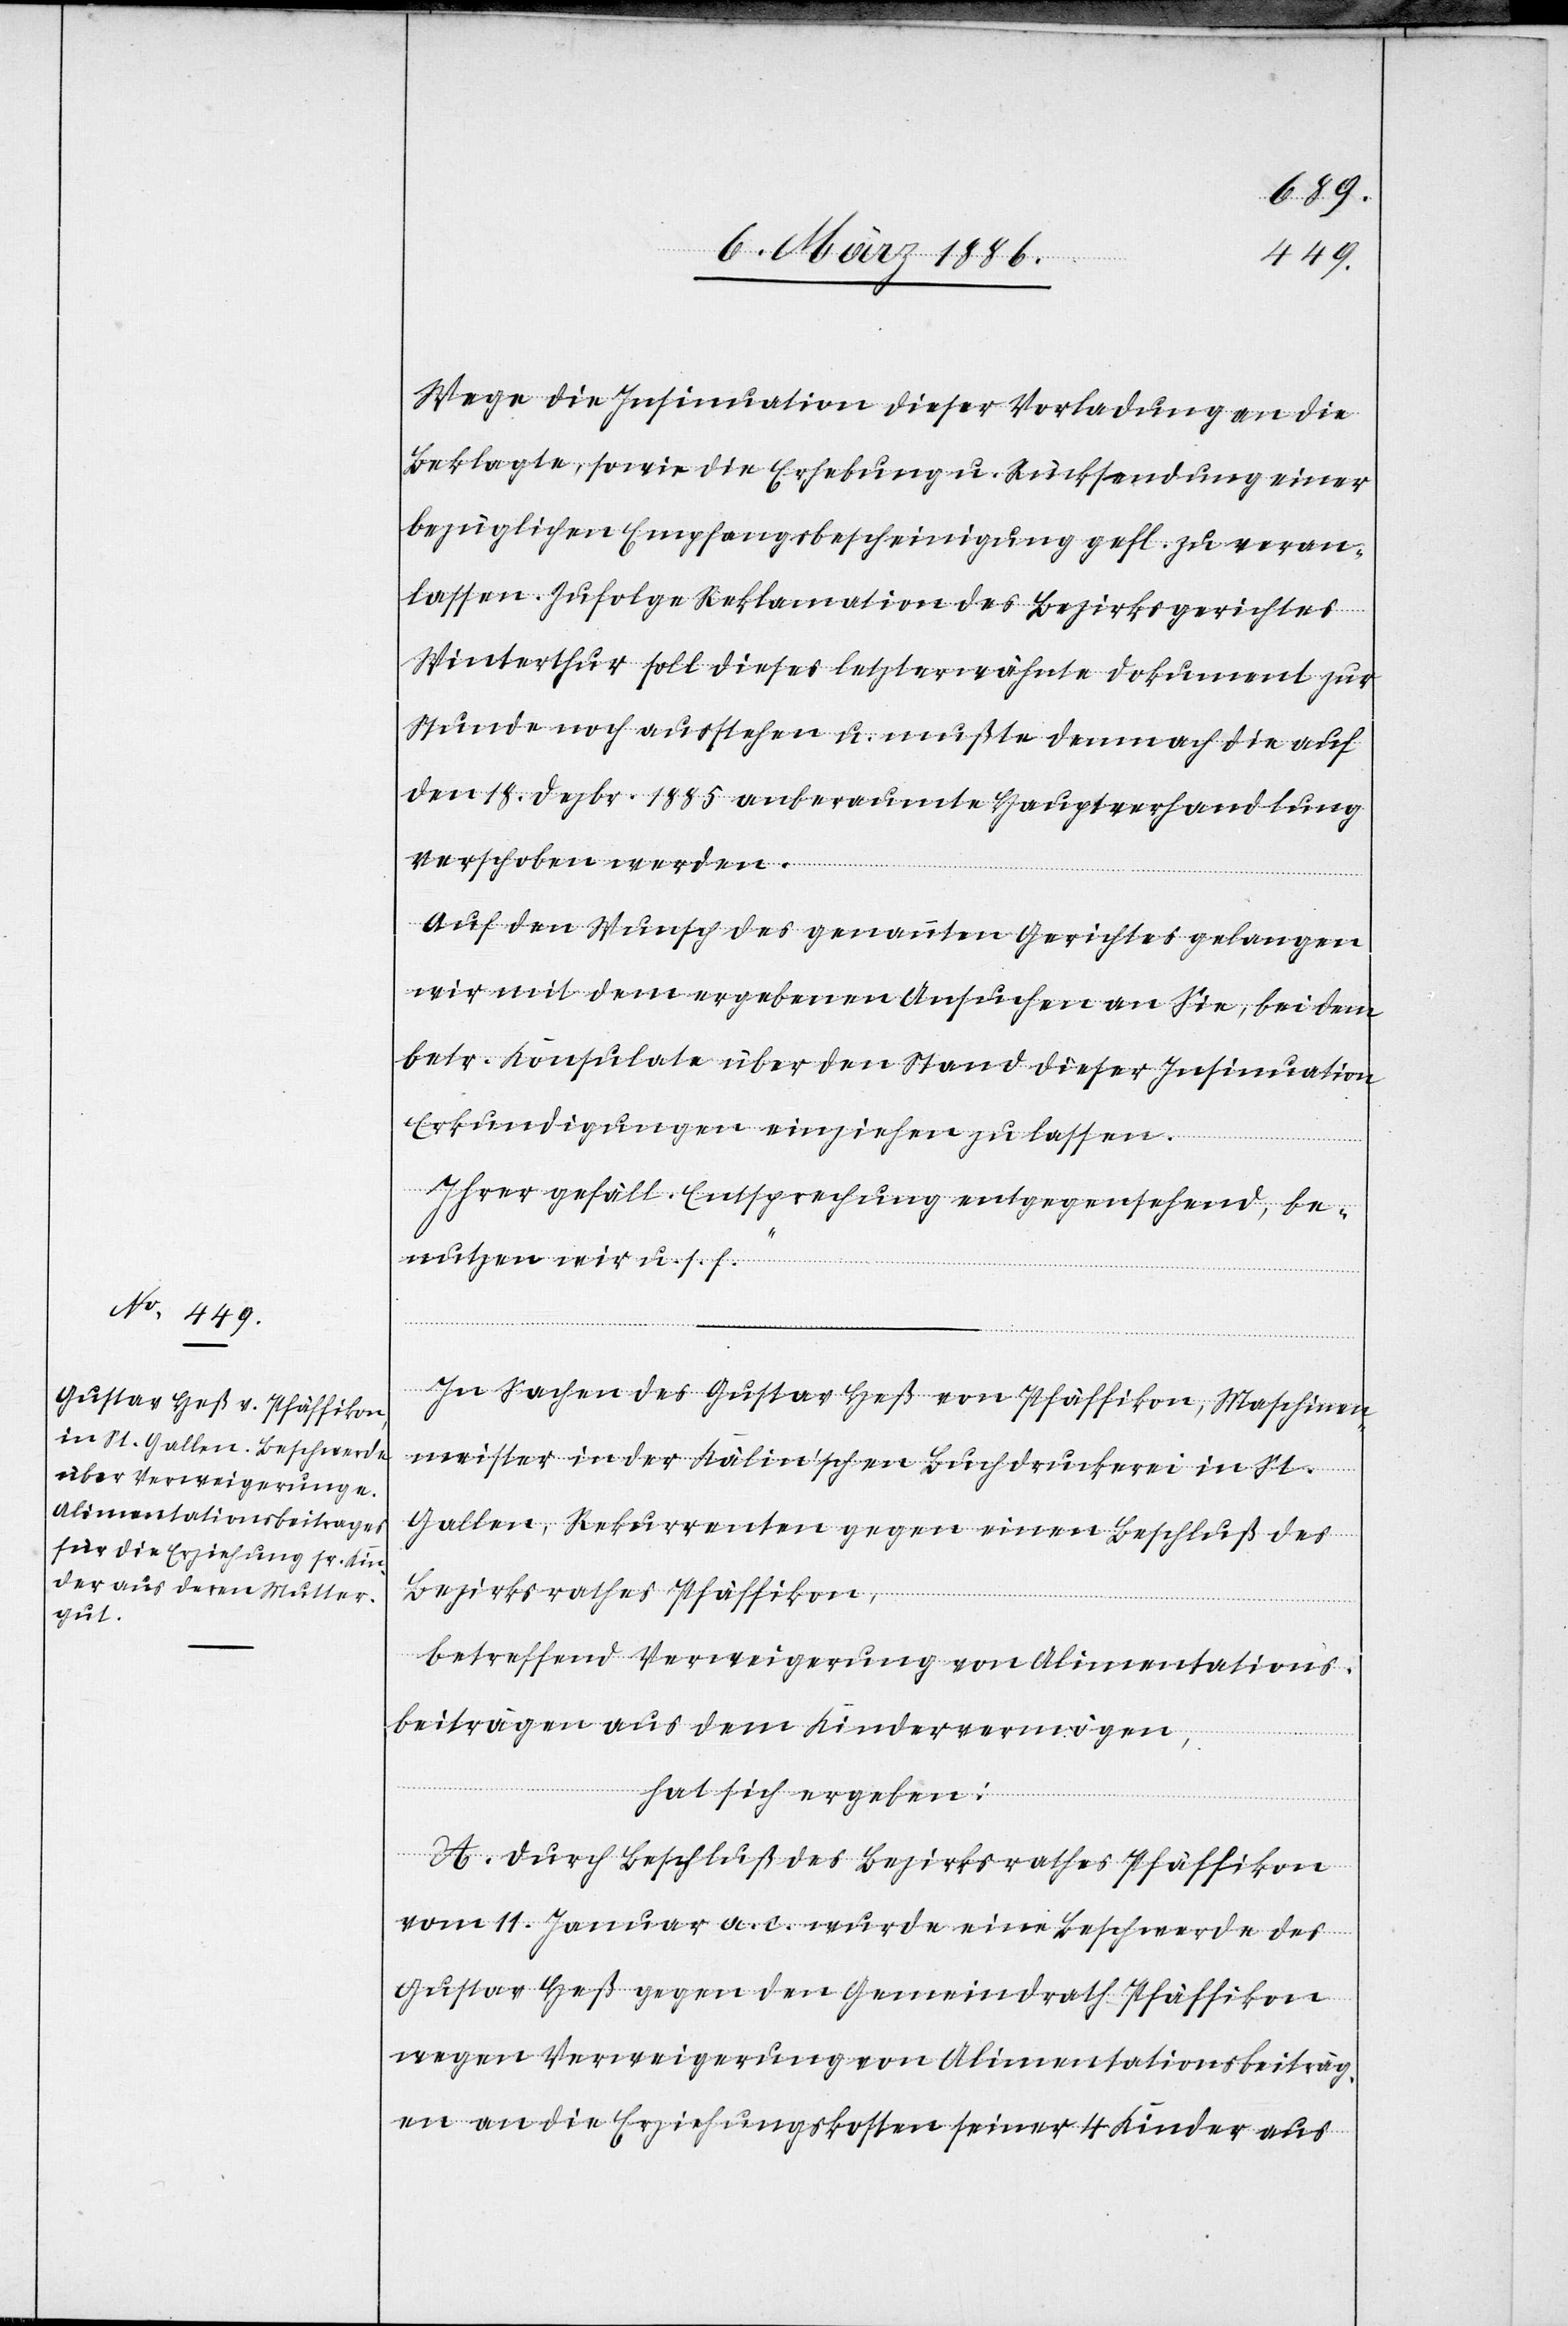
Wege die Insinuation dieser Vorladung an die
Beklagte, sowie die Erhebung u. Rücksendung einer
bezüglichen Empfangsbescheinigung gefl. zu veran¬
lassen. Zufolge Reklamation des Bezirksgerichtes
Winterthur soll dieses letzterwähnte Dokument zur
Stunde noch ausstehen u. mußte demnach die auf
den 18. Dezbr. 1885 anberaumte Hauptverhandlung
verschoben werden.
Auf den Wunsch des genannten Gerichtes gelangen
wir mit dem ergebenen Ansuchen an Sie, bei dem
betr. Konsulate über den Stand dieser Insinuation
Erkundigungen einziehen zu lassen.
Ihrer gefäll. Entsprechung entgegensehend, be¬
nutzen wir u. s. f.“
In Sachen des Gustav Heß von Pfäffikon, Maschinen¬
meister in der Kälin’schen Buchdruckerei in St.
Gallen, Rekurrenten gegen einen Beschluß des
Bezirksrathes Pfäffikon,
betreffend Verweigerung von Alimentations¬
beiträgen aus dem Kindervermögen,
hat sich ergeben:
A. Durch Beschluß des Bezirksrathes Pfäffikon
vom 11. Januar a. c. wurde einen Beschwerde des
Gustav Heß gegen den Gemeindrath Pfäffikon
wegen Verweigerung von Alimentationsbeiträg¬
en an die Erziehungskosten seiner 4 Kinder aus